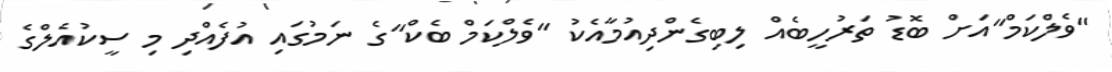
"ވެލްކަމް"އަށް ބޮޑު ތަރުހީބެއް ލިބިގެންދިއުމާއެކު "ވެލްކަމް ބެކް"ގެ ނަމުގައި އުފެއްދި މި ސީކުއެލްގެ